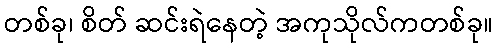
တစ်ခု၊ စိတ် ဆင်းရဲနေတဲ့ အကုသိုလ်ကတစ်ခု။